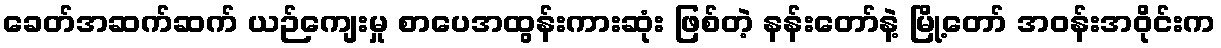
ခေတ်အဆက်ဆက် ယဉ်ကျေးမှု စာပေအထွန်းကားဆုံး ဖြစ်တဲ့ နန်းတော်နဲ့ မြို့တော် အဝန်းအဝိုင်းက